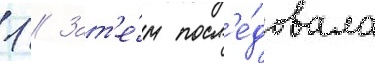
1 // Зат'е́м посл'е́довала